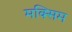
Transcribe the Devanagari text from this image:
मक्सिम